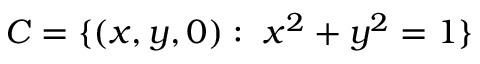
C = \{ ( x , y , 0 ) : \ x ^ { 2 } + y ^ { 2 } = 1 \}